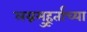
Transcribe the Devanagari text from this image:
लग्नमुहूर्ताच्या